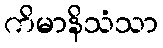
ကိမာနိသံသာ